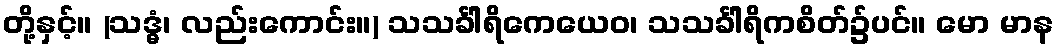
တို့နှင့်။ (သဒ္ဓံ၊ လည်းကောင်း။) သသင်္ခါရိကေယေဝ၊ သသင်္ခါရိကစိတ်၌ပင်။ မော မာန